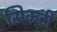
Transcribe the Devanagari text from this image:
सिकटी